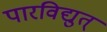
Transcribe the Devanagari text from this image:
पारविद्युत्